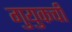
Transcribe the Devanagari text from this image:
गुयुकची